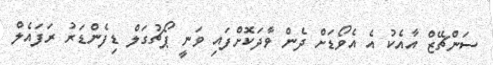
ސަންޗޭޒް އާއެކު އެ އެވޯޑަށް ދެން ވާދަކޮށްފައި ވަނީ ޕޯޗުގަލް ޑިފެންޑަރު ރަފައެލް